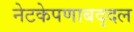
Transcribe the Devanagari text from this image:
नेटकेपणाबद्दल